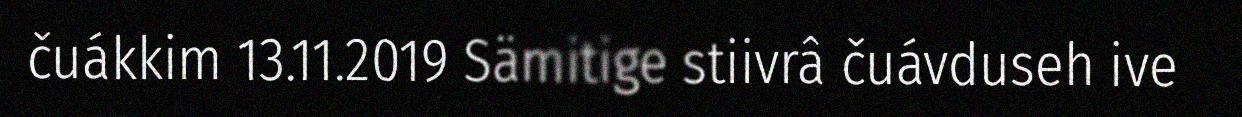
čuákkim 13.11.2019 Sämitige stiivrâ čuávduseh ive